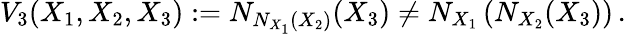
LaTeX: V_{3}(X_{1},X_{2},X_{3}):=N_{N_{X_{1}}(X_{2})}(X_{3})\not=N_{X_{1}}\left(N_{X_{2}}(X_{3})\right)\, .